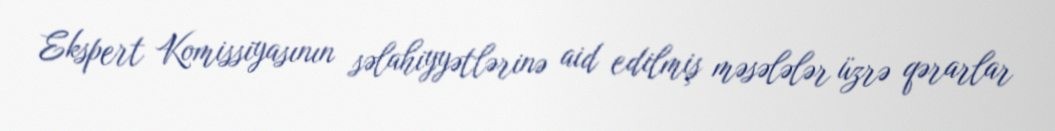
Ekspert Komissiyasının səlahiyyətlərinə aid edilmiş məsələlər üzrə qərarlar